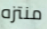
منتزه